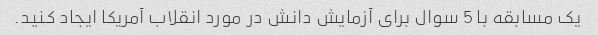
یک مسابقه با 5 سوال برای آزمایش دانش در مورد انقلاب آمریکا ایجاد کنید.